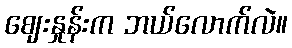
ဈေးနှုန်းက ဘယ်လောက်လဲ။